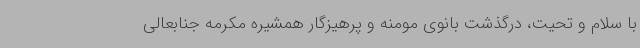
با سلام و تحیت، درگذشت بانوی مومنه و پرهیزگار همشیره مکرمه جنابعالی